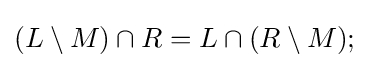
(L\setminus M)\cap R=L\cap (R\setminus M);